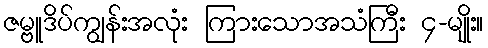
ဇမ္ဗူဒိပ်ကျွန်းအလုံး ကြားသောအသံကြီး ၄-မျိုး။